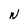
Character: W